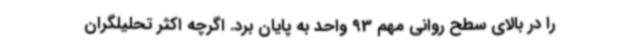
را در بالای سطح روانی مهم 93 واحد به پایان برد. اگرچه اکثر تحلیلگران